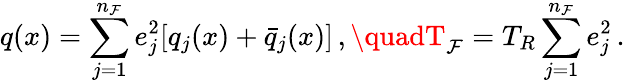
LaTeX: q(x)=\sum_{j=1}^{n_{\mathcal{F}}}e_{j}^{2}[q_{j}(x)+\bar{{q}}_{j}(x)]\, ,\quadT_{\mathcal{F}}=T_{R}\sum_{j=1}^{n_{\mathcal{F}}}e_{j}^{2}\, .